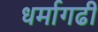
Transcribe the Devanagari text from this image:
धर्मागढी